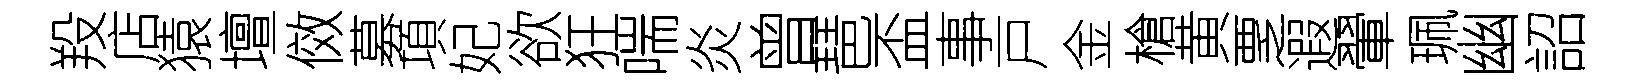
羖店猿壇傚募項妃欲狂喘炎曾琶盃事戸金槍黄覂遐翬珮幽詔